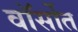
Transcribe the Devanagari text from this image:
वॉर्सोत